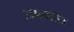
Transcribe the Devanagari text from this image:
आघारित